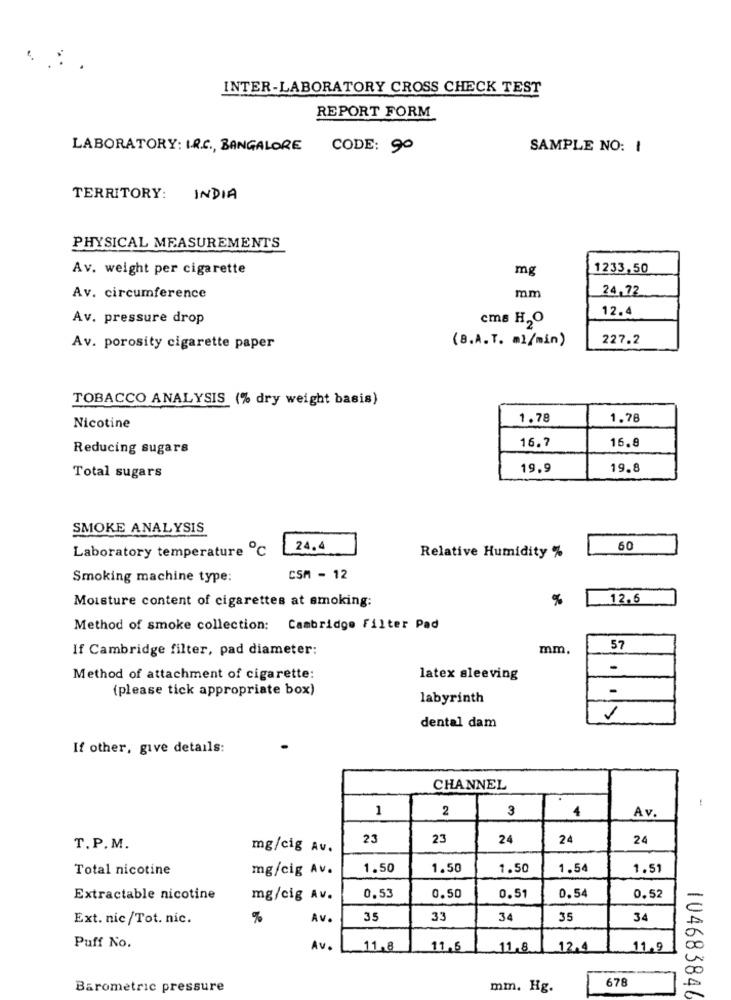
INTER-LABORATORY CROSS CHECK TEST
REPORT FORM
LABORATORY: I.R.C. , BANGALORE
CODE: 90
SAMPLE NO: 1
TERRITORY:
INDIA
PHYSICAL MEASUREMENTS
Av. weight per cigarette
mg
1233,50
24,72
Av. circumference
mm
12.4
Av. pressure drop
cma H,O
227.2
Av. porosity cigarette paper
(8.A.T. ml/min)
TOBACCO ANALYSIS (% dry weight basis)
1.78
1.78
Nicotine
16.8
Reducing sugars
16.7
19.9
19.8
Total sugars
SMOKE ANALYSIS
Laboratory temperature ℃
24.4
60
Relative Humidity %
Smoking machine type:
CSA - 12
%
12.6
Moisture content of cigarettes at smoking:
Method of smoke collection: Cambridge Filter Pad
If Cambridge filter, pad diameter:
mm.
57
Method of attachment of cigarette:
latex sleeving
(please tick appropriate box)
-
labyrinth
dental dam
If other, give details:
CHANNEL
!
1
2
3
4
Av.
23
23
24
24
24
T. P.M.
mg/cig Av.
Total nicotine
mg/cig Av.
1.50
1.50
1.50
1.54
1.51
Extractable nicotine
mg/cig Av.
0.53
0.50
0.51
0.54
0.52
Ext. nic/Tot. nic.
%
Av.
35
33
34
35
34
Puff No.
Av.
11.8
11,6
11,8
12.4
11,9
678
Barometric pressure
mm. Hg.
104683846